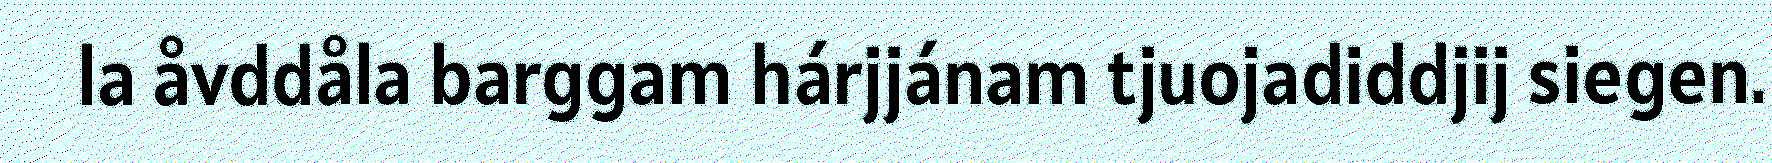
la åvddåla barggam hárjjánam tjuojadiddjij siegen.